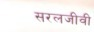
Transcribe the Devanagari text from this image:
सरलजीवी